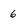
Character: 6